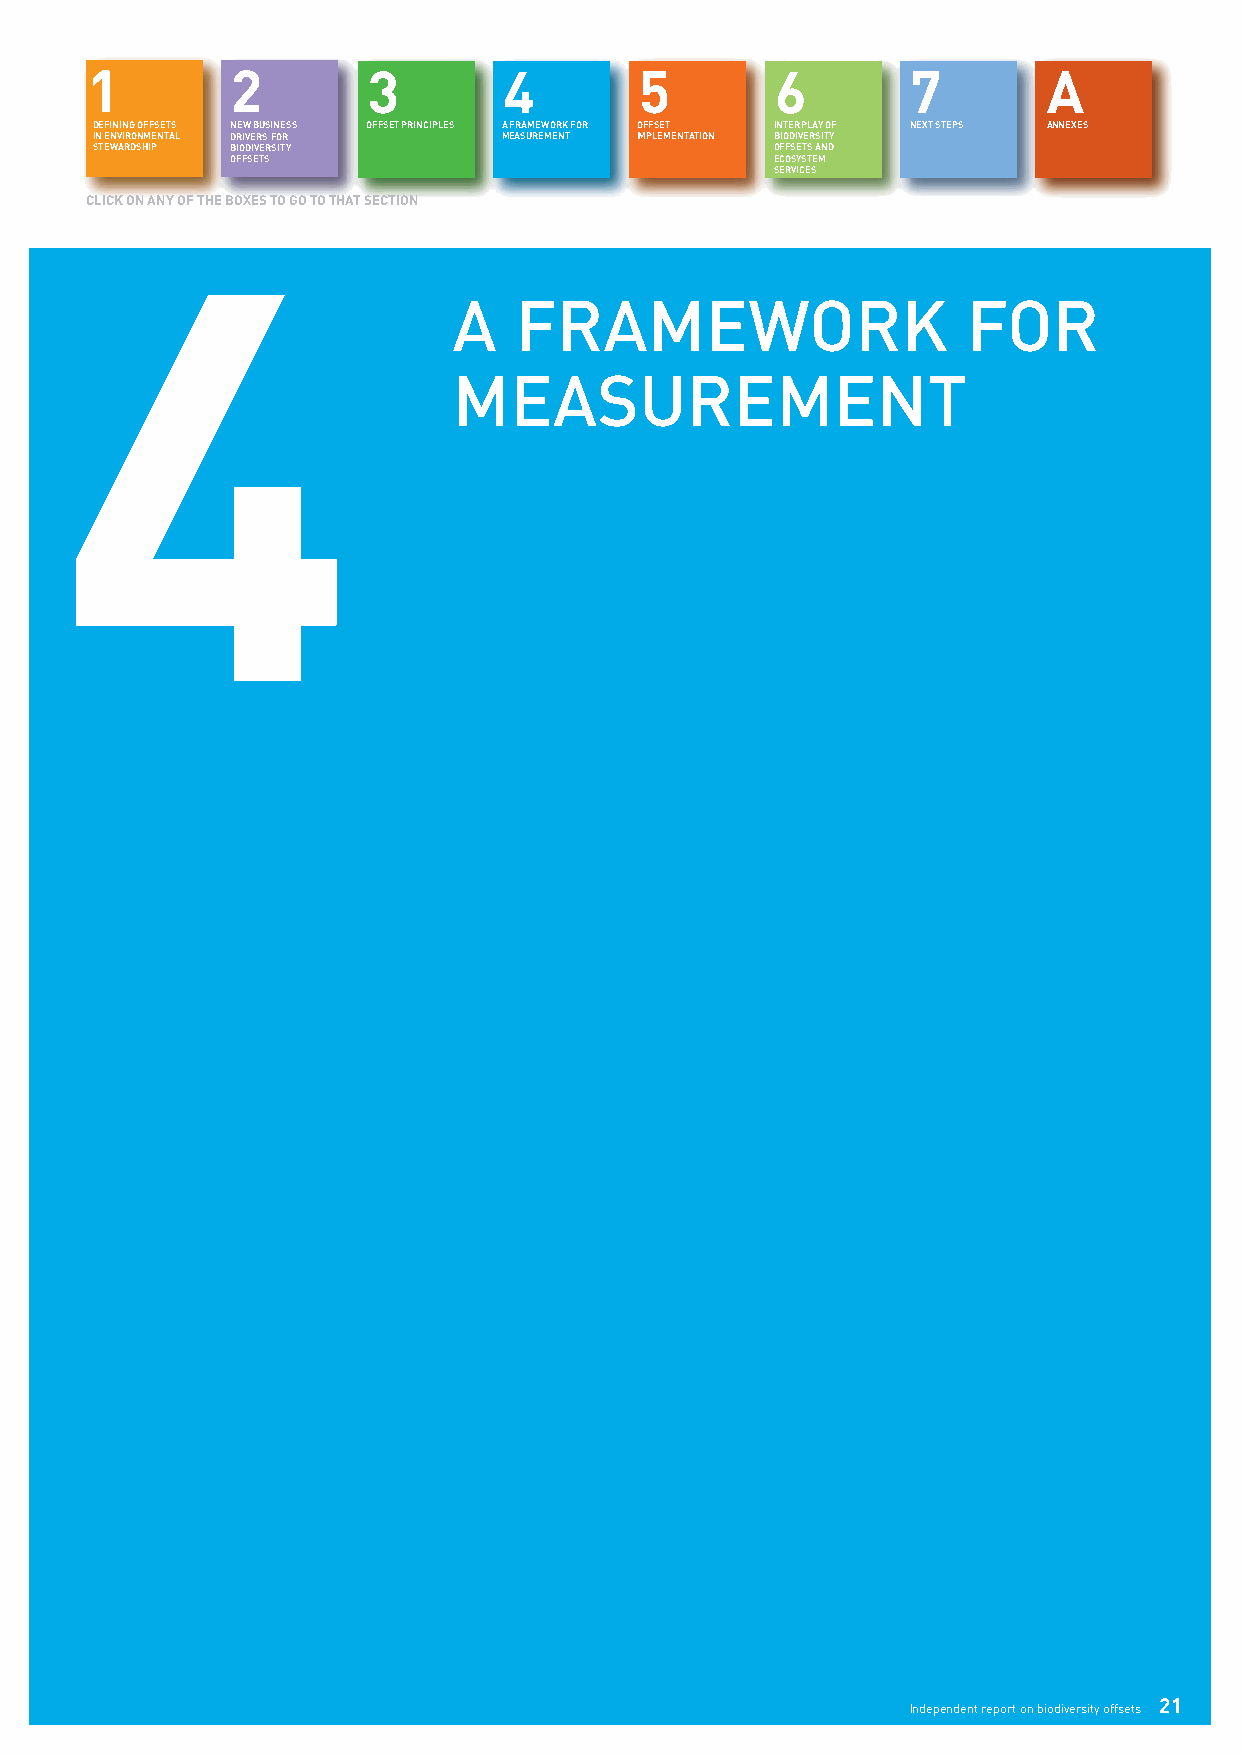
1        2        3        4        5        6        7        A
 DEFINING OFFSETS NEW BUSINESS OFFSET PRINCIPLES A FRAMEWORK FOR OFFSET INTERPLAY OF NEXT STEPS ANNEXES
 IN ENVIRONMENTAL DRIVERS FOR MEASUREMENT IMPLEMENTATION BIODIVERSITY
 4STEWARDSHIP BIODIVERSITY                      OFFSETS AND
 OFFSETS                             ECOSYSTEM
 SERVICES
 CLICK ON ANY OF THE BOXES TO GO TO THAT SECTION
 A   FRAMEWORK                     FOR
 MEASUREMENT
 21
 Independent report on biodiversity offsets